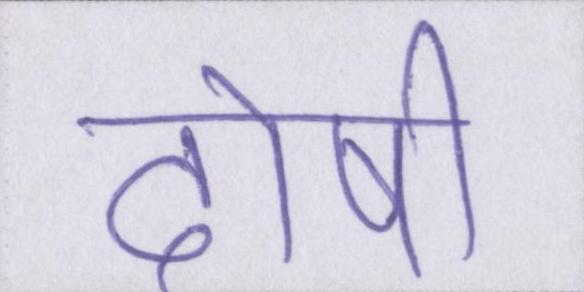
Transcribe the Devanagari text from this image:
दोषी